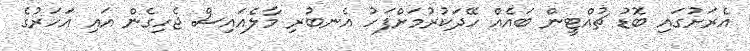
އެރަށުގައި ބޮޑު ޗުއްޓީން ބައެއް ހޭދަކުރުމަށްފަހު އެނބުރި މާލެއައިސް ޖެހިގެން އައި އަހަރުގެ